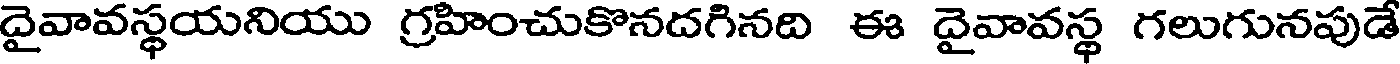
దైవావస్థయనియు గ్రహించుకొనదగినది ఈ దైవావస్థ గలుగునపుడే